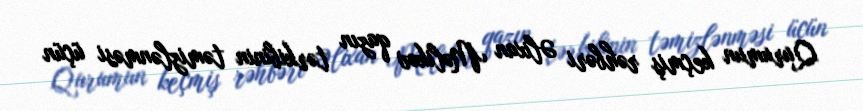
Qurumun keçmiş rəhbəri Əlixan Məlikov qazın tərkibinin təmizlənməsi üçün